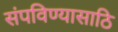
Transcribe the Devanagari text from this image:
संपविण्यासाठि